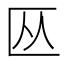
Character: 𫧏